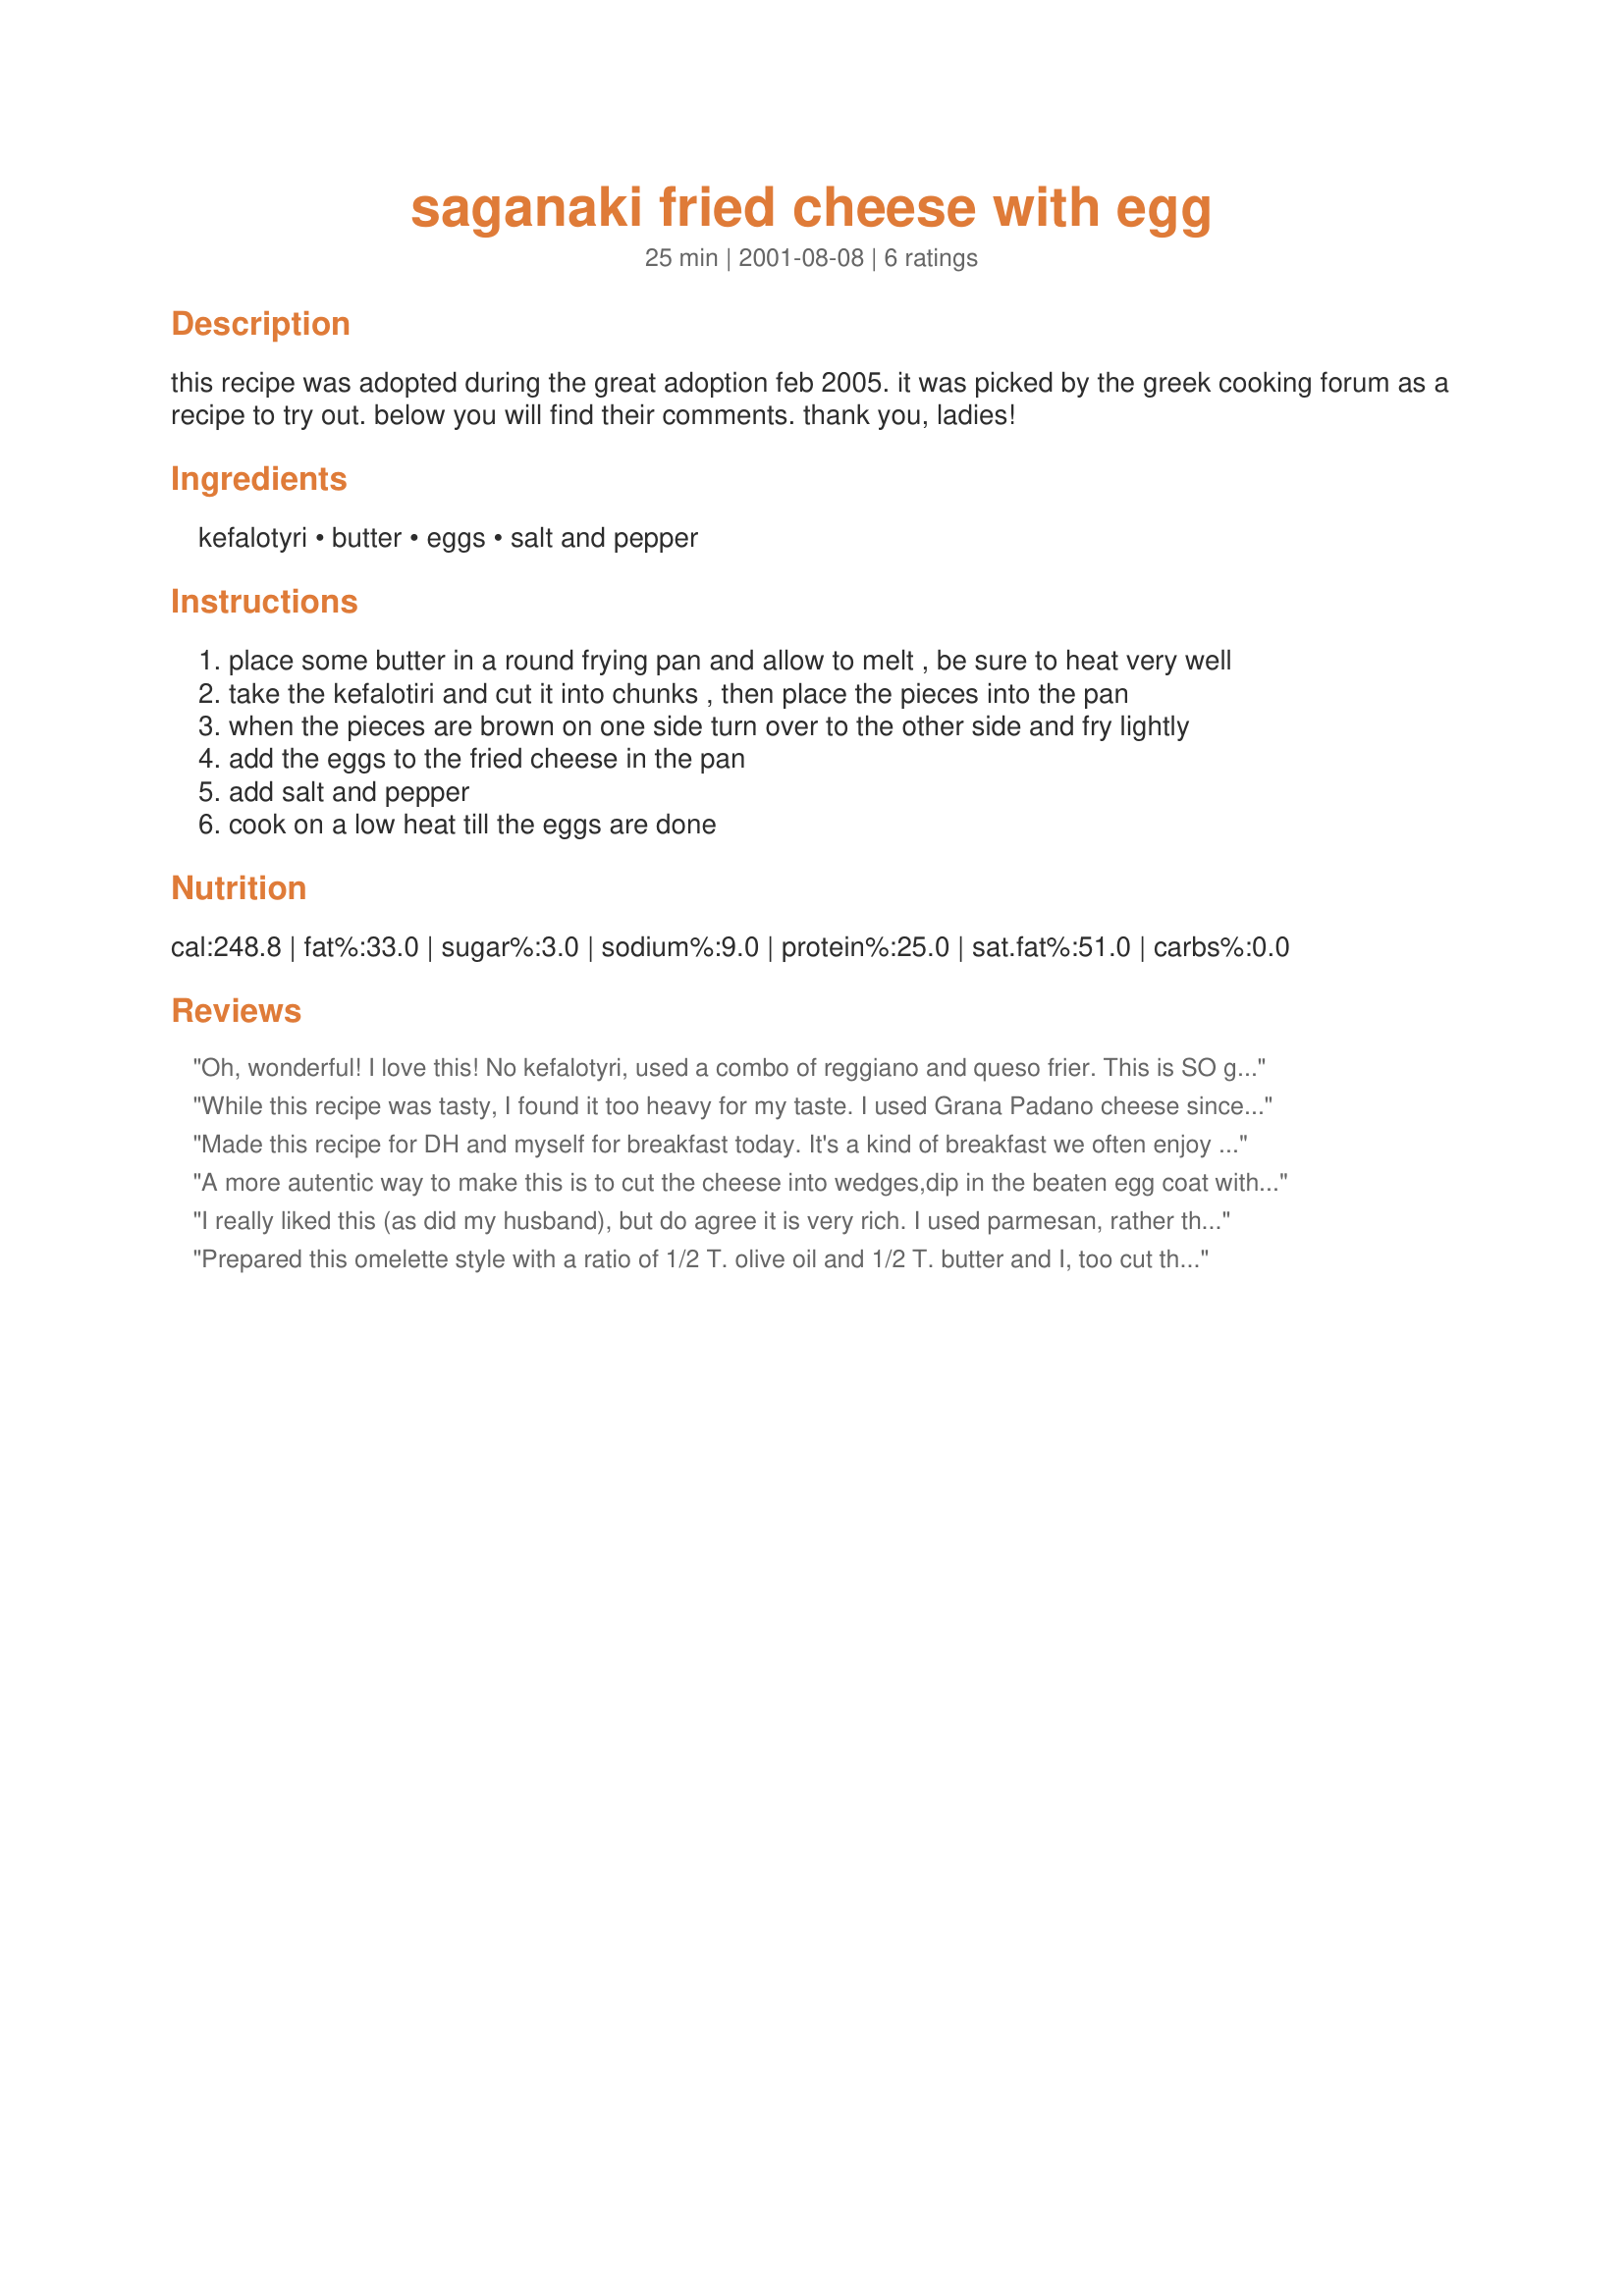
saganaki fried cheese with egg
Preparation time: 25 minutes

this recipe was adopted during the great adoption feb 2005. it was picked by the greek cooking forum as a recipe to try out. below you will find their comments. thank you, ladies!

Ingredients:
kefalotyri, butter, eggs, salt and pepper

Steps:
place some butter in a round frying pan and allow to melt , be sure to heat very well
take the kefalotiri and cut it into chunks , then place the pieces into the pan
when the pieces are brown on one side turn over to the other side and fry lightly
add the eggs to the fried cheese in the pan
add salt and pepper
cook on a low heat till the eggs are done

Reviews:
Oh, wonderful! I love this! No kefalotyri, used a combo of reggiano and queso frier. This is SO good!
While this recipe was tasty, I found it too heavy for my taste. I used Grana Padano cheese since I don't know where to get kefalotyri in my area. It was soft while it was hot but became very hard as it cooled. We had it for supper but it would be too much for me personally to eat for breakfast.
Made this recipe for DH and myself for breakfast today. It's a kind of breakfast we often enjoy here in Greece. I must say I cut all the ingredients in half except for the eggs. I used about 125 grams of cheese (just over 4 oz) for the both of us, and that was generous, and 1 tblsp butter (olive oil is a great sub). I used kefalograviera, which is a cross between standard kefalotiri and greek gruyere, cut in slices rather than chunks. The cheese got nice and melty in the pan and, when it had crusted over on one side, I broke the eggs in (didn't bother to brown the cheese on both sides). Lots of pepper and a bare sprinkling of salt on the yolks and we were set for a hearty breakfast.
A more autentic way to make this is to cut the cheese into wedges,dip in the beaten egg coat with lightly seasoned flour& put on a lines cookie sheet & freeze the cheese. This can be done at the time the cheese is bought & have it ready for when to mood strikes you. To cook heat some olive oil in a heavy skillet. When it is sizzling carefully lay the frozen cheese wedges into the skillet. Lets one side brown throughly to a medium brown then turn over carefully an fry other side. Freezing the cheese allows it to get brown & crispy on the outside, warm & melted on the inside. Serve with crusty french bread
I really liked this (as did my husband), but do agree it is very rich. I used parmesan, rather than kefalotyri, so I don't know how authentic the flavor was. Since the recipe instructions are not real detailed, this is what I did: Heated butter on med-hi, added the cheese that was cut in about 1/2 inch chunks; browned, turned over (this got pretty messy), fried a little longer and then added eggs that had been lightly beaten. I reduced the heat a bit & just scrambled as usual.I added a lot of freshly ground black pepper, but no salt because the parmesan was plenty salty. It needs to be served/eaten immediately, or at least while still very warm. I halved the recipe and it was plenty for my husband and me, since it is so rich.
Prepared this omelette style
with a ratio of 1/2 T. olive oil
and 1/2 T. butter and I, too cut the recipe in half. Used halloumi 
sliced up for the cheese and it was my first time cooking with it. Although the cheese spread out a little with frying, it maintained its shape.(All praise to the Greek chese gods.) The cheese is so salty that I
omitted the salt in the recipe. Added a sprinkling of fresh chopped Greek oregano from the garden to the top of each serving for
nice contrast .It's official: our kitty is half Greek, half French.
Once she got a whiff of my cooking this morning with anything dairy she was a demanding little feline. Kitty loves feta and Stilton bleu cheese and now add to the list halloumi. She takes after her mama. ;)
